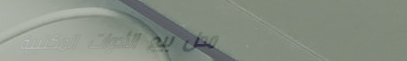
محل بيع الأدوات المكتبية